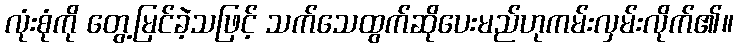
လုံးစုံကို တွေ့မြင်ခဲ့သဖြင့် သက်သေထွက်ဆိုပေးမည်ဟုကမ်းလှမ်းလိုက်၏။